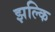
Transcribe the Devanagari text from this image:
झल्कि